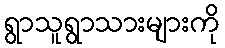
ရွာသူရွာသားများကို